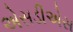
એસડીએસ